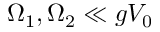
\Omega _ { 1 } , \Omega _ { 2 } \ll g V _ { 0 }